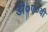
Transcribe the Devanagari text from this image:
डी०ए०वी